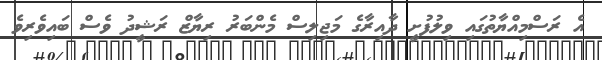
އެ ރަސްމިއްޔާތުގައި ވިލުފުށީ ދާއިރާގެ މަޖިލިސް މެންބަރު ރިޔާޒް ރަޝީދު ވެސް ބައިވެރިވެ